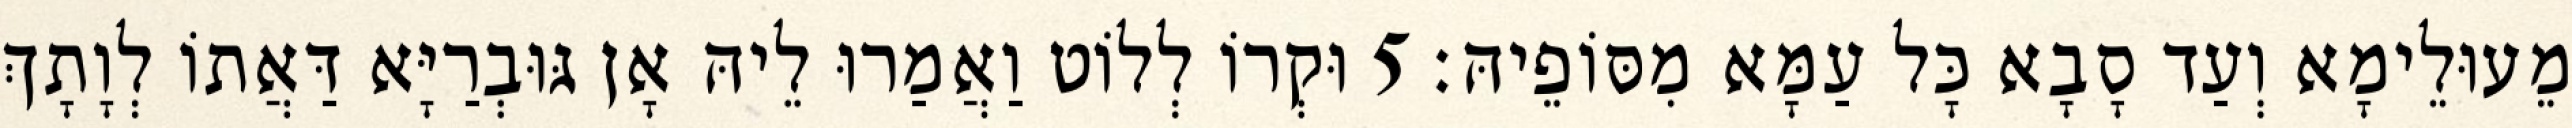
מֵעוּלֵימָא וְעַד סָבָא כָּל עַמָּא מִסּוֹפֵיהּ׃ 5 וּקְרוֹ לְלוֹט וַאֲמַרוּ לֵיהּ אָן גּוּבְרַיָּא דַּאֲתוֹ לְוָתָךְ